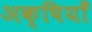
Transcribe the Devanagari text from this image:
अक्षियाँ